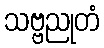
သဗ္ဗညုတံ